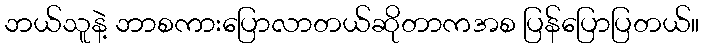
ဘယ်သူနဲ့ ဘာစကားပြောလာတယ်ဆိုတာကအစ ပြန်ပြောပြတယ်။